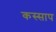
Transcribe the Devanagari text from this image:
कस्साप